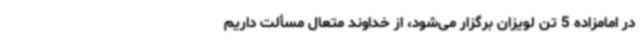
در امامزاده 5 تن لویزان برگزار می‌شود، از خداوند متعال مسألت داریم